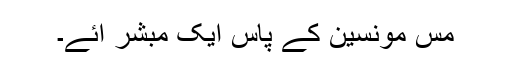
مس مونسین کے پاس ایک مبشر آئے۔